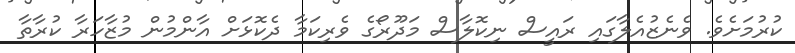
ކުރުމަށެވެ. ވެނެޒުއެލާގައި ރައީސް ނިކޮލާސް މަދޫރޯގެ ވެރިކަމާ ދެކޮޅަށް އާންމުން މުޒާހަރާ ކުރާތާ